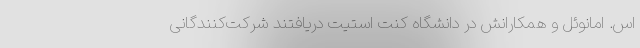
اس. امانوئل و همکارانش در دانشگاه کنت استیت دریافتند شرکت‌کنندگانی